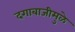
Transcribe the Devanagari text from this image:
दगाबाजीमुळे